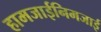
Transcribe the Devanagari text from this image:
हामजाईनिमजाई